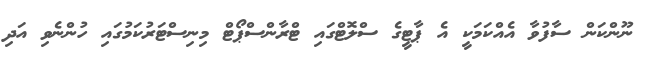
ނޫންކަން ސާފުވާ އެއްކަމަކީ އެ ޕާޓީގެ ސްލޮޓްގައި ޓްރާންސްޕޯޓް މިނިސްޓަރުކަމުގައި ހުންނެވި އަދި